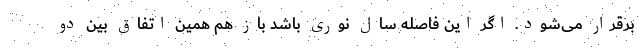
برقرار می‌شود. اگر این فاصله سال نوری باشد باز هم همین اتفاق بین دو